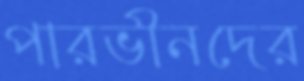
পারভীনদের